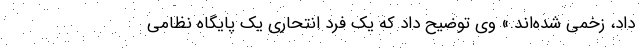
داد، زخمی شده‌اند.» وی توضیح داد که یک فرد انتحاری یک پایگاه نظامی